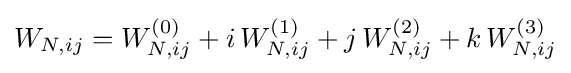
W_{N,ij}=W_{N,ij}^{(0)}+i\,W_{N,ij}^{(1)}+j\,W_{N,ij}^{(2)}+k\,W_{N,ij}^{(3)}